Problem: 20 + 28 = ?
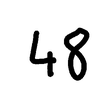
Handwritten answer: 48